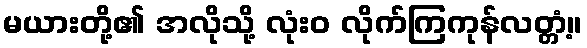
မယားတို့၏ အလိုသို့ လုံးဝ လိုက်ကြကုန်လတ္တံ့။